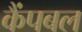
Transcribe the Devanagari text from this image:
कैंपबल